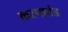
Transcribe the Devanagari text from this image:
करपावंड